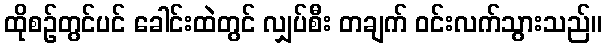
ထိုစဉ်တွင်ပင် ခေါင်းထဲတွင် လျှပ်စီး တချက် ဝင်းလက်သွားသည်။